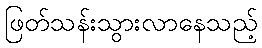
ဖြတ်သန်းသွားလာနေသည့်